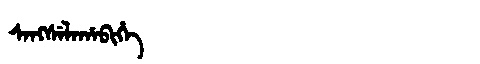
Manchu: ᠰᠠᠩᠰᡝᠯᠠᡥᠠᠪᡳᡥᡝ
Romanization: SANGSELAHABIHE